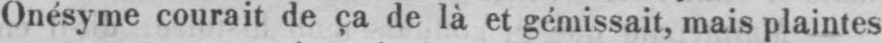
Onésyme courait de ça de là et gémissait, mais plaintes